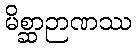
မိစ္ဆာဉာဏဿ